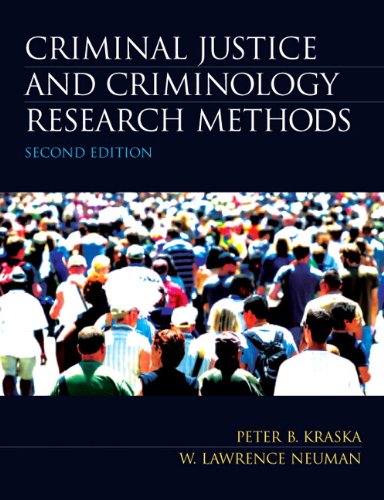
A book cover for Criminal Justice and Criminology Research Methods (2nd Edition); Peter B. Kraska; Law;